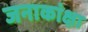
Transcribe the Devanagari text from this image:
जनाकांक्षा